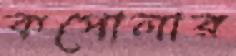
কপোলার